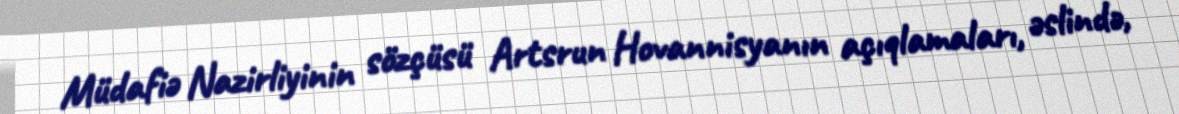
Müdafiə Nazirliyinin sözçüsü Artsrun Hovannisyanın açıqlamaları, əslində,